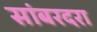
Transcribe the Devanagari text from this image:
सांबरदरा